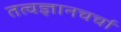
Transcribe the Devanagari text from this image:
तत्वज्ञानचर्चा